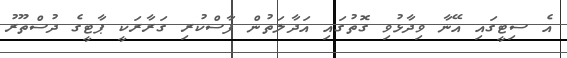
އެ ސިޓީގައި އޭނާ ވިދާޅުވި ގޮތުގައި އަދާލަތުން ފާސްކުރި ގަރާރަކީ ޕާޓީގެ ދުސްތޫރު